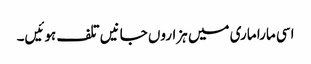
اسی مارا ماری میں ہزاروں جانیں تلف ہوئیں۔